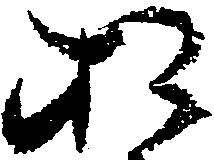
お